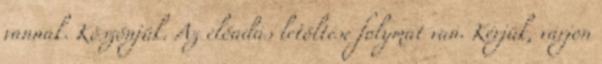
vannak. Köszönjük. Az előadás letöltése folymat van. Kérjük, várjon